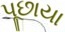
પૂછાયા